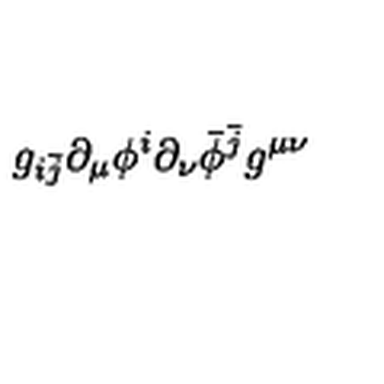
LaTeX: g _ { i \bar { j } } \partial _ { \mu } \phi ^ { i } \partial _ { \nu } \bar { \phi } ^ { \bar { j } } g ^ { \mu \nu } \,